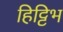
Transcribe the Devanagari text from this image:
हिट्टिभ